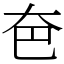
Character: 夿